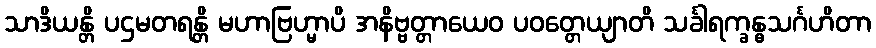
သာဒိယန္တိ ပဌမတရန္တိ မဟာဗြဟ္မာပိ အနိဗ္ဗတ္တာယေဝ ပဝတ္တေယျာတိ သင်္ခါရက္ခန္ဓသင်္ဂဟိတာ